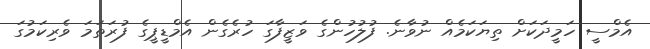
އެމްސީ ހަމީދަކަށް ތިޔަކަމެއް ނުވާނެ. ފުލުހުންގެ ވަޒީފާގަ ހުރެގެން އެމްޑީޕީގެ ފުރަތަމަ ވެރިކަމުގަ